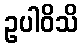
ဥပါဝိသိ